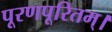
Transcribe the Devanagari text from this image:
पूरणपूरितम्।